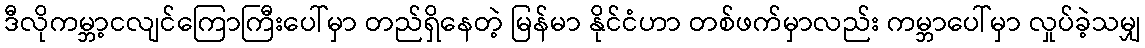
ဒီလိုကမ္ဘာ့ငလျင်ကြောကြီးပေါ်မှာ တည်ရှိနေတဲ့ မြန်မာ နိုင်ငံဟာ တစ်ဖက်မှာလည်း ကမ္ဘာပေါ်မှာ လှုပ်ခဲ့သမျှ